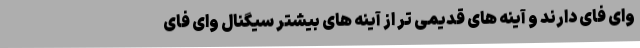
وای فای دارند و آینه های قدیمی تر از آینه های بیشتر سیگنال وای فای